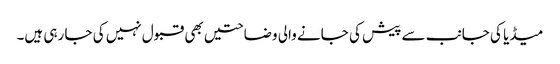
میڈیا کی جانب سے پیش کی جانے والی وضاحتیں بھی قبول نہیں کی جا رہی ہیں۔